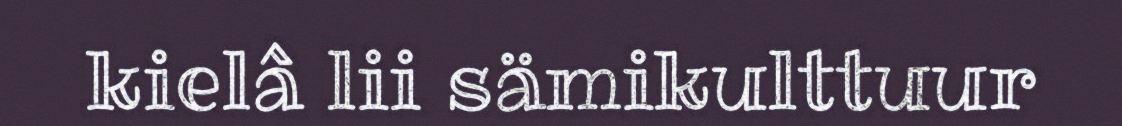
kielâ lii sämikulttuur